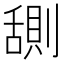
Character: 𬜊